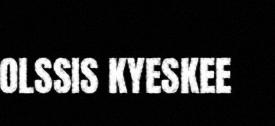
OLSSIS KYESKEE